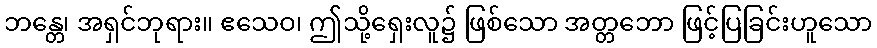
ဘန္တေ၊ အရှင်ဘုရား။ ဧသေဝ၊ ဤသို့ရှေးလူ၌ ဖြစ်သော အတ္တဘော ဖြင့်ပြခြင်းဟူသော